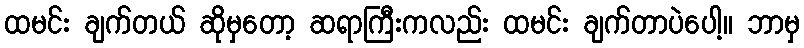
ထမင်း ချက်တယ် ဆိုမှတော့ ဆရာကြီးကလည်း ထမင်း ချက်တာပဲပေါ့။ ဘာမှ